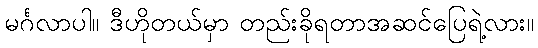
မင်္ဂလာပါ။ ဒီဟိုတယ်မှာ တည်းခိုရတာအဆင်ပြေရဲ့လား။